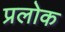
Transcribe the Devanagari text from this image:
प्रलोक